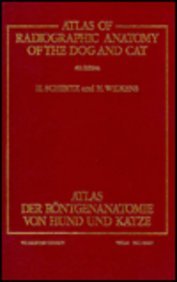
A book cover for Atlas of Radiographic Anatomy of the Dog and Cat; Horst Schebitz; Medical Books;